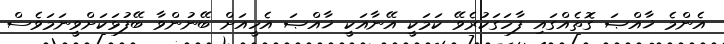
އެންމެ ޚާއްޞަ ގޮތެއްގައި ފާހަގަކުރެވޭ ކަމަކީ އޭނާއަކީ ޚާއްޞަ އެހީއަށް ބޭނުންވާ ބޭފުޅަކަށްވީނަމަވެސް